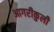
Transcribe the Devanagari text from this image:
आगरीकुली